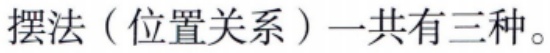
摆法（位置关系）一共有三种。